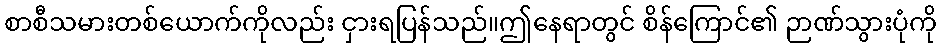
စာစီသမားတစ်ယောက်ကိုလည်း ငှားရပြန်သည်။ဤနေရာတွင် စိန်ကြောင်၏ ဉာဏ်သွားပုံကို